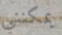
يمكنني